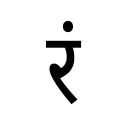
OCR:
रं